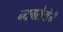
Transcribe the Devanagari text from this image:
न्यूमरोलोजी